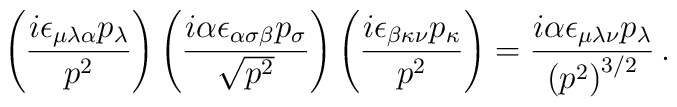
\left( \frac{i\epsilon_{\mu\lambda\alpha}p_\lambda}{p^2} \right)\left(\frac{i\alpha\epsilon_{\alpha\sigma\beta}p_\sigma}{\sqrt{p^2}} \right)\left( \frac{i\epsilon_{\beta\kappa\nu} p_\kappa}{p^2} \right)= \frac{i\alpha\epsilon_{\mu\lambda\nu}p_\lambda}{\left(p^2\right)^{3/2}} \, .